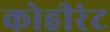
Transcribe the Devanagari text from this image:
कोहीरंट